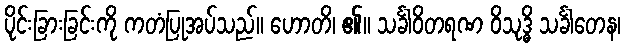
ပိုင်းခြားခြင်းကို ကတံပြုအပ်သည်။ ဟောတိ၊ ၏။ သင်္ခါဝိတရဏ ဝိသုဒ္ဓိ သင်္ခါတေန၊